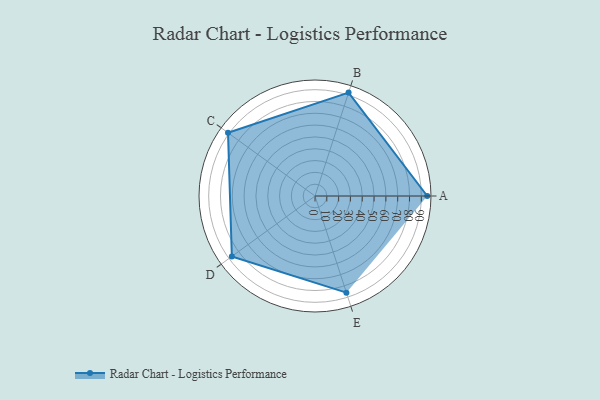
{"axis": {"x": "Skill", "y": "Score"}, "legend": ["Profile"], "data": [{"x": "A", "y": 95.0, "type": "Profile"}, {"x": "B", "y": 92.0, "type": "Profile"}, {"x": "C", "y": 91.0, "type": "Profile"}, {"x": "D", "y": 87.0, "type": "Profile"}, {"x": "E", "y": 86.0, "type": "Profile"}]}